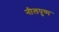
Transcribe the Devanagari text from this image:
नीलपुष्प